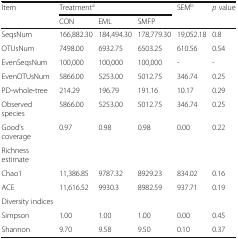
<table><thead><tr><td rowspan="2"><b>Item</b></td><td colspan="3"><b>Treatment<sup>a</sup></b></td><td rowspan="2"><b>SEM<sup>b</sup></b></td><td rowspan="2"><b><i>p</i> value</b></td></tr><tr><td><b>CON</b></td><td><b>EML</b></td><td><b>SMFP</b></td></tr></thead><tbody><tr><td>SeqsNum</td><td>166,882.30</td><td>184,494.30</td><td>178,779.30</td><td>19,052.18</td><td>0.8</td></tr><tr><td>OTUsNum</td><td>7498.00</td><td>6932.75</td><td>6503.25</td><td>610.56</td><td>0.54</td></tr><tr><td>EvenSeqsNum</td><td>100,000</td><td>100,000</td><td>100,000</td><td>-</td><td>-</td></tr><tr><td>EvenOTUsNum</td><td>5866.00</td><td>5253.00</td><td>5012.75</td><td>346.74</td><td>0.25</td></tr><tr><td>PD-whole-tree</td><td>214.29</td><td>196.79</td><td>191.16</td><td>10.17</td><td>0.29</td></tr><tr><td>Observed species</td><td>5866.00</td><td>5253.00</td><td>5012.75</td><td>346.74</td><td>0.25</td></tr><tr><td>Good’s coverage</td><td>0.97</td><td>0.98</td><td>0.98</td><td>0.00</td><td>0.22</td></tr><tr><td colspan="6">Richness estimate</td></tr><tr><td>Chao1</td><td>11,386.85</td><td>9787.32</td><td>8929.23</td><td>834.02</td><td>0.16</td></tr><tr><td>ACE</td><td>11,616.52</td><td>9930.3</td><td>8982.59</td><td>937.71</td><td>0.19</td></tr><tr><td colspan="6">Diversity indices</td></tr><tr><td>Simpson</td><td>1.00</td><td>1.00</td><td>1.00</td><td>0.00</td><td>0.45</td></tr><tr><td>Shannon</td><td>9.70</td><td>9.58</td><td>9.50</td><td>0.10</td><td>0.37</td></tr></tbody></table>